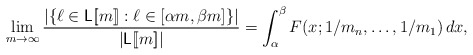
\begin{align*}\lim_{m \to \infty}\frac{|\{\ell \in {\sf L}[\![m]\!]: \ell \in [\alpha m, \beta m]\}|}{|{\sf L}[\![m]\!]|}=\int_\alpha^\beta F(x;1/m_n, \ldots,1/m_1)\, dx,\end{align*}